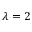
\lambda = 2